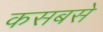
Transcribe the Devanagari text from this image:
कसबसे